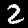
Label: 2